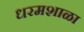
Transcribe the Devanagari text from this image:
धरमशाळा